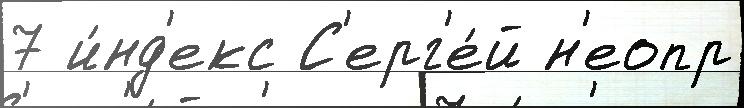
7 и́нд'екс С'ерг'е́й н'еопр